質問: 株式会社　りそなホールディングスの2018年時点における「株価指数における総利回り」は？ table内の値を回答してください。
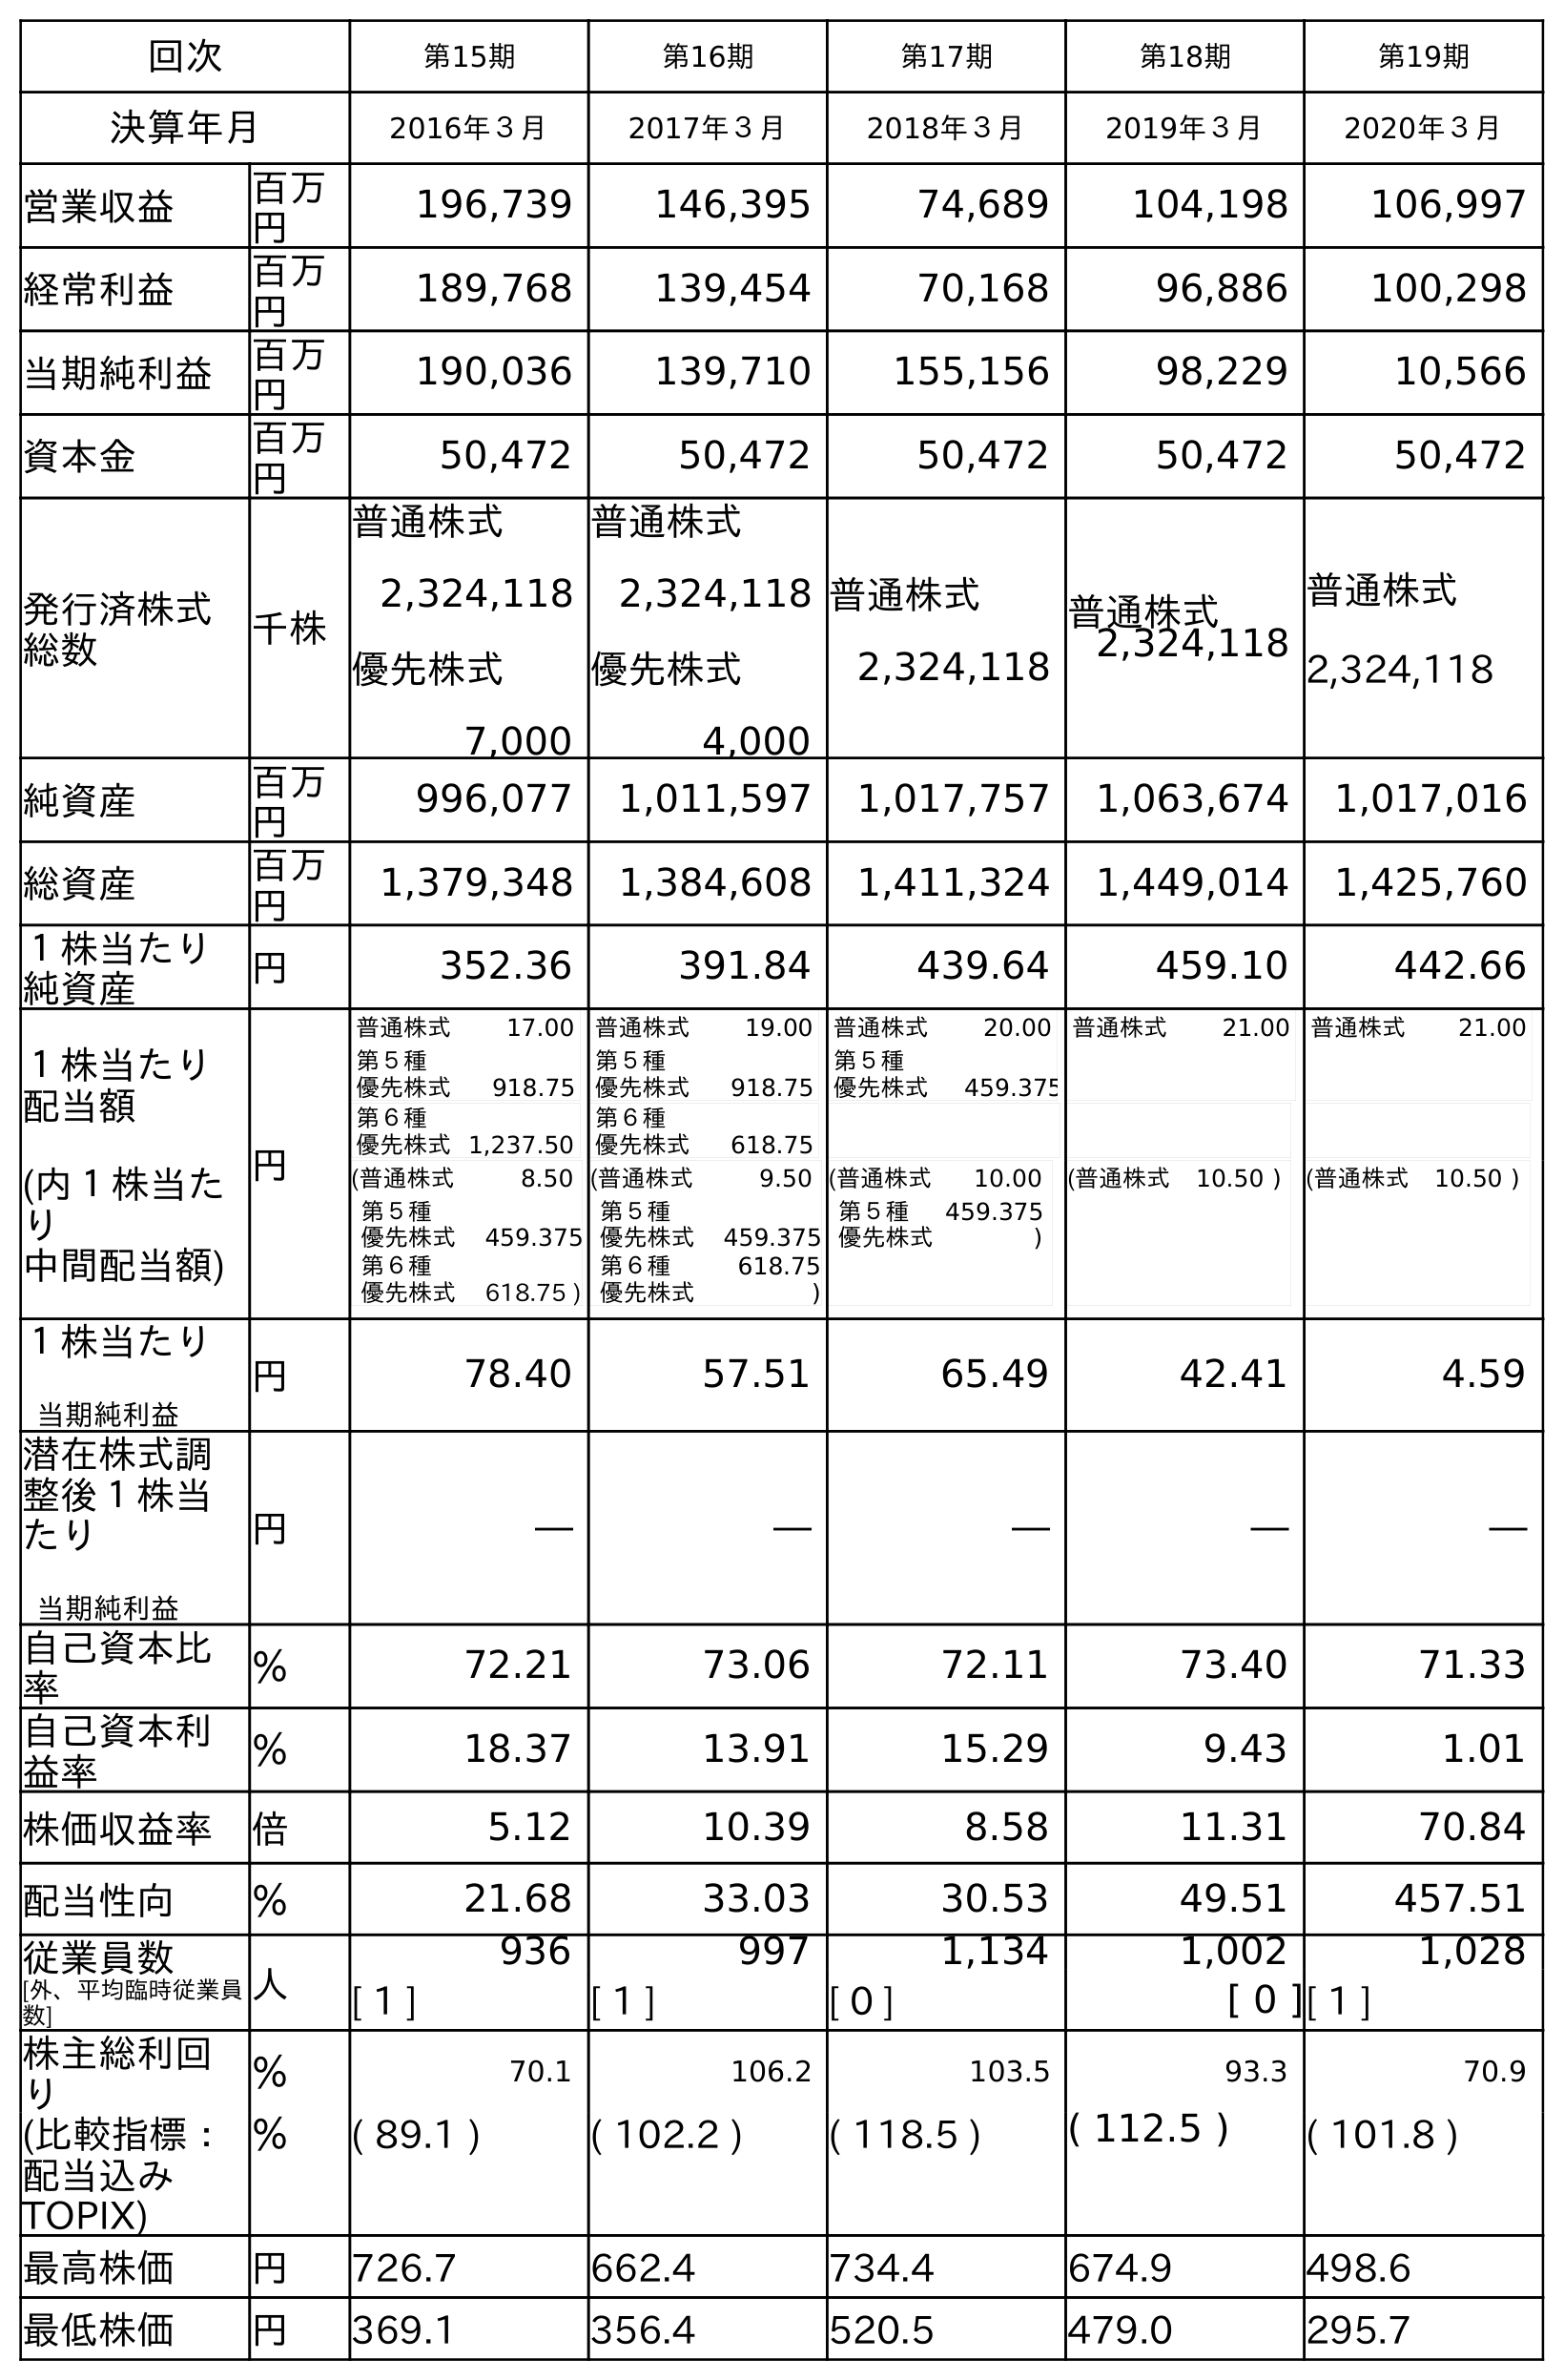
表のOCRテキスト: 回次 第15期 第16期 第17期 第18期 第19期 決算年月 2016年３月 2017年３月 2018年３月 2019年３月 2020年３月 営業収益 百万 円 196,739 146,395 74,689 104,198 106,997 経常利益 百万 円 189,768 139,454 70,168 96,886 100,298 当期純利益 百万 円 190,036 139,710 155,156 98,229 10,566 資本金 百万 円 50,472 50,472 50,472 50,472 50,472 発行済株式 総数 千株 普通株式 2,324,118 優先株式 7,000 普通株式 2,324,118 優先株式 4,000 普通株式 2,324,118 普通株式 2,324,118 普通株式 2,324,118 純資産 百万 円 996,077 1,011,597 1,017,757 1,063,674 1,017,016 総資産 百万 円 1,379,348 1,384,608 1,411,324 1,449,014 1,425,760 １株当たり 純資産 円 352.36 391.84 439.64 459.10 442.66 １株当たり 配当額 (内１株当た り 中間配当額) 円 普通株式 17.00 第５種 優先株式 918.75 第６種 優先株式1,237.50 普通株式 19.00 第５種 優先株式 918.75 第６種 優先株式 618.75 普通株式 20.00 第５種 優先株式 459.375 普通株式 21.00 普通株式 21.00 (普通株式 8.50 第５種 優先株式 459.375 第６種 優先株式 618.75 ) (普通株式 9.50 第５種 優先株式 459.375 第６種 優先株式 618.75 ) (普通株式 10.00 第５種 優先株式 459.375 ) (普通株式 10.50 ) (普通株式 10.50 ) １株当たり 当期純利益 円 78.40 57.51 65.49 42.41 4.59 潜在株式調 整後１株当 たり 当期純利益 円 ― ― ― ― ― 自己資本比 率 ％ 72.21 73.06 72.11 73.40 71.33 自己資本利 益率 ％ 18.37 13.91 15.29 9.43 1.01 株価収益率 倍 5.12 10.39 8.58 11.31 70.84 配当性向 ％ 21.68 33.03 30.53 49.51 457.51 従業員数 [外、平均臨時従業員 数] 人 936 997 1,134 1,002 1,028 [ 1 ] [ 1 ] [ 0 ] [ 0 ][ 1 ] 株主総利回 り ％ 70.1 106.2 103.5 93.3 70.9 (比較指標： 配当込み TOPIX) ％ ( 89.1 ) ( 102.2 ) ( 118.5 ) ( 112.5 ) ( 101.8 ) 最高株価 円 726.7 662.4 734.4 674.9 498.6 最低株価 円 369.1 356.4 520.5 479.0 295.7
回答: (118.5)